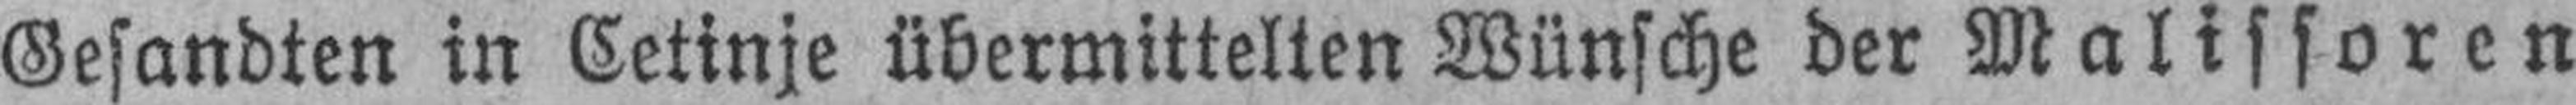
Gesandten in Cetinje übermittelten Wünsche der Malissoren